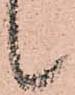
候